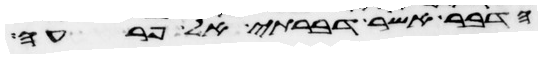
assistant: הדבר אשר דברתי אל פרעה